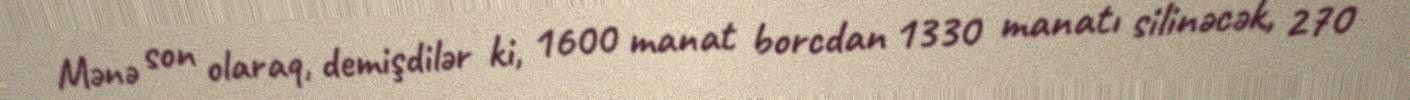
Mənə son olaraq, demişdilər ki, 1600 manat borcdan 1330 manatı silinəcək, 270